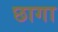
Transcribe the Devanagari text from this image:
छागा